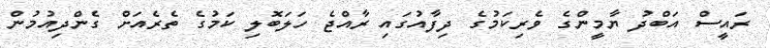
ރައީސް އަބްދު ޔާމީންގެ ވެރިކަމުގެ ދިފާއުގައި ރާއްޖެ ހަލަބޮލި ކަމުގެ ތެރެއަށް ގެންދިއުމުން